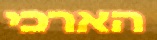
הארכי